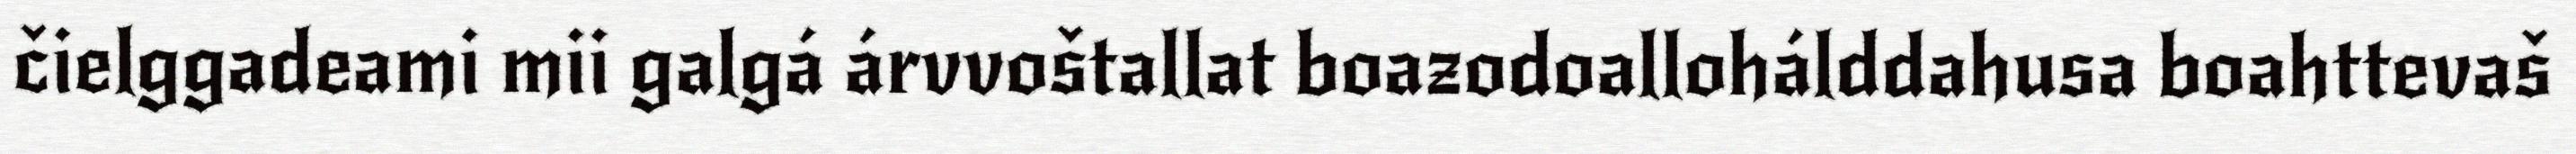
čielggadeami mii galgá árvvoštallat boazodoallohálddahusa boahttevaš